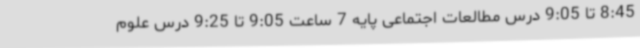
8:45 تا 9:05 درس مطالعات اجتماعی پایه 7 ساعت 9:05 تا 9:25 درس علوم